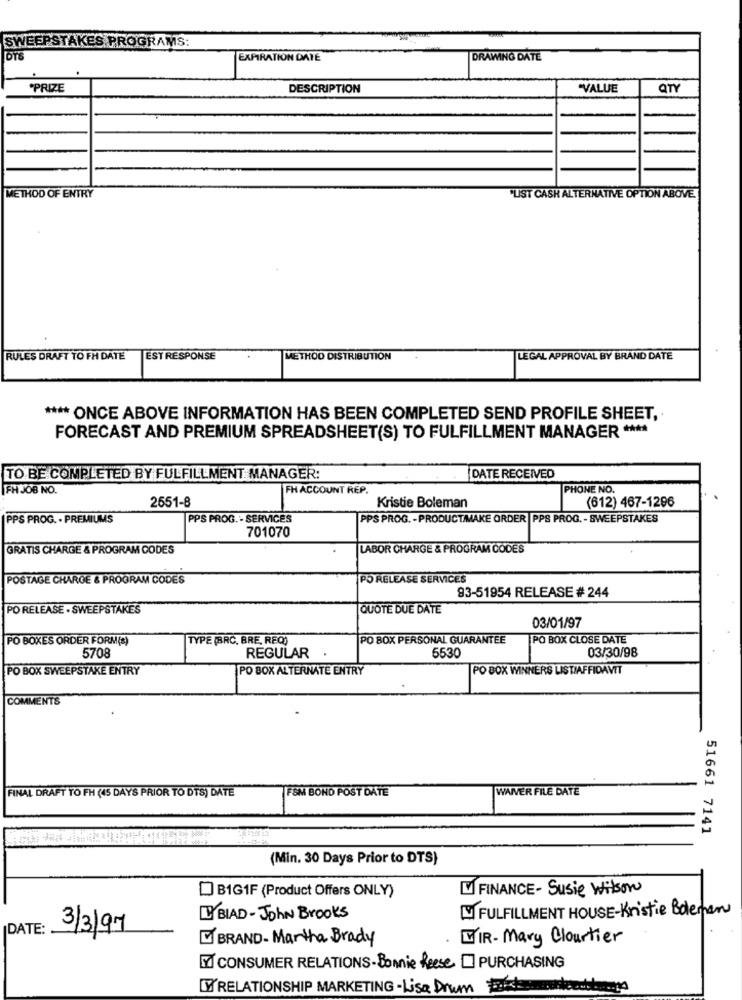
SWEEPSTAKES PROGRAMS:
EXPIRATION DATE
DRAWING DATE
*PRIZE
DESCRIPTION
"VALUE
QTY
METHOD OF ENTRY
"UST CASK ALTERNATIVE OPTION ABOVE
RULES DRAFT TO FH DATE
EST RESPONSE
METHOO DISTRIBUTION
LEGAL APPROVAL BY BRAND DATE
**** ONCE ABOVE INFORMATION HAS BEEN COMPLETED SEND PROFILE SHEET,
FORECAST AND PREMIUM SPREADSHEET(S) TO FULFILLMENT MANAGER ****
TO BE COMPLETED BY FULFILLMENT MANAGER:
DATE RECEIVED
FH JOB NO.
FH ACCOUNT REP.
PHONE NO.
(612) 467-1296
2651-8
Kristie Boleman
PPS PROG. - PREMIUMS
PPS PROG. - SERVICES
PPS PROG. - PRODUCTMAKE ORDER |PPS PROG. - SWEEPSTAKES
701070
GRATIS CHARGE & PROGRAM CODES
LABOR CHARGE & PROGRAM CODES
POSTAGE CHARGE & PROGRAM CODES
PO RELEASE SERVICES
93-51954 RELEASE # 244
PO RELEASE . SWEEPSTAKES
QUOTE DUE DATE
03/01/97
PO BOXES ORDER FORM(S)
TYPE (BRC, BRE, REQ)
PO BOX PERSONAL GUARANTEE
PO BOX CLOSE DATE
5708
03/30/98
REGULAR .
5530
PO BOX SWEEPSTAKE ENTRY
PO BOX ALTERNATE ENTRY
PO BOX WINNERS LISTIAFFIDAVIT
COMMENTS
FINAL DRAFT TO FH (45 DAYS PRIOR TO DTS) DATE
WAIVER FILE DATE
TFSM BOND POST DATE
51661 7141
(Min. 30 Days Prior to DTS)
FINANCE - Susie Wilson
B1G1F (Product Offers ONLY)
FULFILLMENT HOUSE-Kristie Boleman
BBIAD-John Brooks
DATE:
3/3/97
BRAND- Martha Brady
WIR- Mary Cloutier
CONSUMER RELATIONS-Bonnie Reese ] PURCHASING
WRELATIONSHIP MARKETING - Lisa Drum